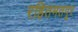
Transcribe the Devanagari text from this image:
रहितमतपूर